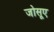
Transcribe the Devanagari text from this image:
जोसूए